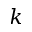
k